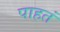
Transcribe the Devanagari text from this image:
पाहतं